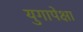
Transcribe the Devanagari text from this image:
युगापेक्षा